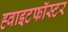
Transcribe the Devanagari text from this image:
ह्वाइटफॉस्टर